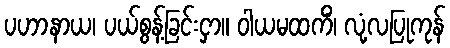
ပဟာနာယ၊ ပယ်စွန့်ခြင်းငှာ။ ဝါယမထကိံ၊ လုံ့လပြုကုန်